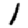
Digit: 1